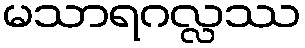
မသာရဂလ္လဿ